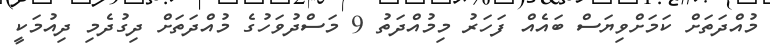
މުއްދަތަށް ކަމަށްވިޔަސް ބައެއް ފަހަރު މިމުއްދަތު 9 މަސްދުވަހުގެ މުއްދަތަށް ދިގުދެމި ދިއުމަކީ